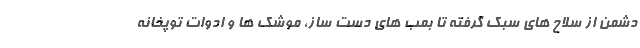
دشمن از سلاح های سبک گرفته تا بمب های دست ساز، موشک ها و ادوات توپخانه